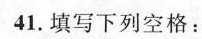
41.填写下列空格：